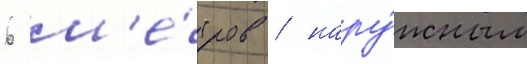
6 м'е́тров / нару́жным